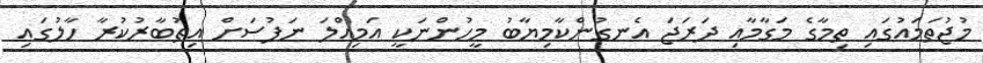
މުޖުތަމައުގައި ތިމާގެ މަގާމާއި ދަރަޖަ އެނގުންކާމިޔާބު މީހުންނަކީ އަމިއްލަ ނަފުސަށް އިތުބާރުކުރާ ހާލުގައި